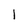
Character: l